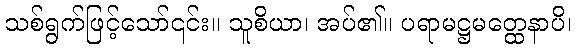
သစ်ရွက်ဖြင့်သော်၎င်း။ သူစိယာ၊ အပ်၏။ ပရာမဋ္ဌမတ္ထေနာပိ၊